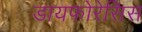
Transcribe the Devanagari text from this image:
डायफोरेसिस